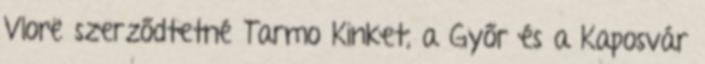
Vlorë szerződtetné Tarmo Kinket, a Győr és a Kaposvár